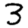
Digit: 3